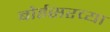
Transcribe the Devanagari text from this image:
बोईसरच्या